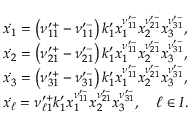
\begin{array} { r l } & { \Dot { x _ { 1 } } = \left( \nu _ { 1 1 } ^ { \prime + } - \nu _ { 1 1 } ^ { \prime - } \right) k _ { 1 } ^ { \prime } x _ { 1 } ^ { \nu _ { 1 1 } ^ { \prime - } } x _ { 2 } ^ { \nu _ { 2 1 } ^ { \prime - } } x _ { 3 } ^ { \nu _ { 3 1 } ^ { \prime - } } , } \\ & { \Dot { x _ { 2 } } = \left( \nu _ { 2 1 } ^ { \prime + } - \nu _ { 2 1 } ^ { \prime - } \right) k _ { 1 } ^ { \prime } x _ { 1 } ^ { \nu _ { 1 1 } ^ { \prime - } } x _ { 2 } ^ { \nu _ { 2 1 } ^ { \prime - } } x _ { 3 } ^ { \nu _ { 3 1 } ^ { \prime - } } , } \\ & { \Dot { x _ { 3 } } = \left( \nu _ { 3 1 } ^ { \prime + } - \nu _ { 3 1 } ^ { \prime - } \right) k _ { 1 } ^ { \prime } x _ { 1 } ^ { \nu _ { 1 1 } ^ { \prime - } } x _ { 2 } ^ { \nu _ { 2 1 } ^ { \prime - } } x _ { 3 } ^ { \nu _ { 3 1 } ^ { \prime - } } , } \\ & { \Dot { x _ { \ell } } = \nu _ { \ell 1 } ^ { \prime + } k _ { 1 } ^ { \prime } x _ { 1 } ^ { \nu _ { 1 1 } ^ { \prime - } } x _ { 2 } ^ { \nu _ { 2 1 } ^ { \prime - } } x _ { 3 } ^ { \nu _ { 3 1 } ^ { \prime - } } , \quad \ell \in I . } \end{array}